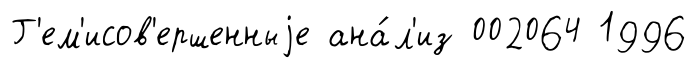
Г'ем'исов'ершенныjе ана́л'из 002064 1996